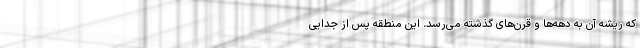
که ریشه‌ آن به دهه‌ها و قرن‌های گذشته می‌رسد. این منطقه پس از جدایی